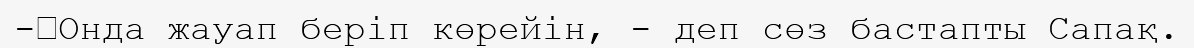
-	Онда жауап беріп көрейін, - деп сөз бастапты Сапақ.